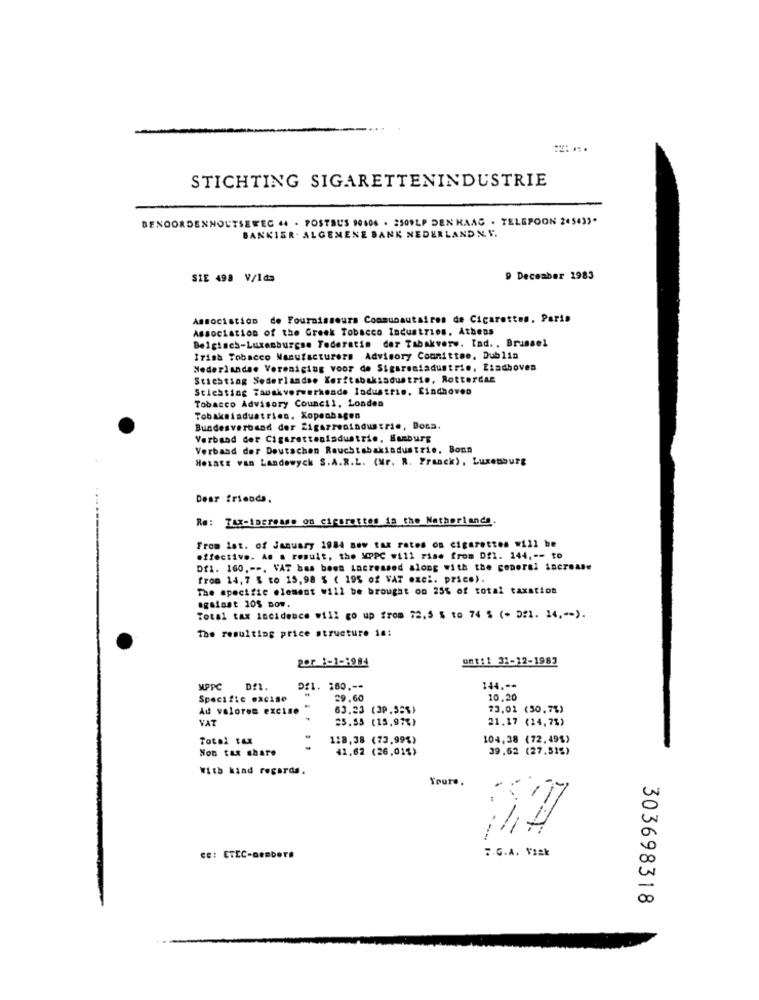
STICHTING SIGARETTENINDUSTRIE
BENOORDENHOUTSEWEG 44 . POSTBUS 90606 . 2509LP DEN HAAG . TELEFOON 245433.
BANKIER. ALGEMENE BANK NEDERLAND N. V.
SIE 498 V/Ida
9 December 1983
Association de Fournisseurs Communautaires de Cigarettes, Paris
Association of the Greek Tobacco Industries. Athens
Belgisch-Luxemburgse Federatie der Tabakverw. lad. , Brussel
Irish Tobacco Manufacturers Advisory Committee, Dublin
Nederlandse Vereniging voor de Siguremiadustrie, Eindhoven
Stichting Nederlandse Keritabakindustrie, Rotterdam
Stichting Tawakverwerkende Industrie. Eindhoven
Tobacco Advisory Council, Londen
Tobaksindustrien. Kopenhagen
Bundesverband der Zigarrenindustrie, Bonn.
Verband der Cigarettenindustrie, Hamburg
Verband der Deutschen Rauchtabakindustrie, Bonn
Hesatz van Landowyck S.A.R.L. (Mr. R. Franck), Luxenburg
Dear friends.
Re: TAX-Increase on cigarettes is the Netherlands
From Ist. of January 1984 new tax rates on cigarettes will be
effective. As a result, the XPPC will rise from Df1. 144, -- to
Df1. 160 ,--. VAT has been increased along with the general increase
from 14, 7 % to 15,98 $ ( 195 of VAT exel. price).
The specific element will be brought on 25% of total taxation
against 105 now.
Total tax incidence will go up from 72.5 $ to 74 % (+ D:1. 14 ,-- ).
The resulting price structure is:
por :- 1-1984
unt: 1 31-12-1983
MPPC
DE1.
DI1. 260 ,--
144 .--
Specific excise
29.60
10.20
Ad valores excise
63.23 (39.55%)
73.02 (30,7%)
VAT
25.55 (15,97%)
21.17 (24,7%)
118.38 (73.99%)
104,38 (72.49%)
Non tax share
41.62 (26,01%)
39,62 (27.51%)
With kind regards.
Yours.
:. G.A. Vaak
CE: ETEC-members
303698318